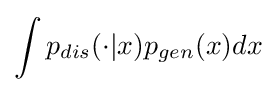
\int p_{dis}(\cdot |x)p_{gen}(x)dx